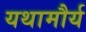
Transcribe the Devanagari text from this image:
यथामौर्य